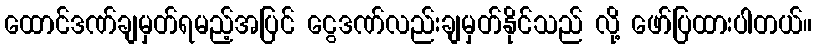
ထောင်ဒဏ်ချမှတ်ရမည့်အပြင် ငွေဒဏ်လည်းချမှတ်နိုင်သည် လို့ ဖော်ပြထားပါတယ်။